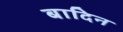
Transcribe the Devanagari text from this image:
बादिन